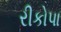
રીકોપા